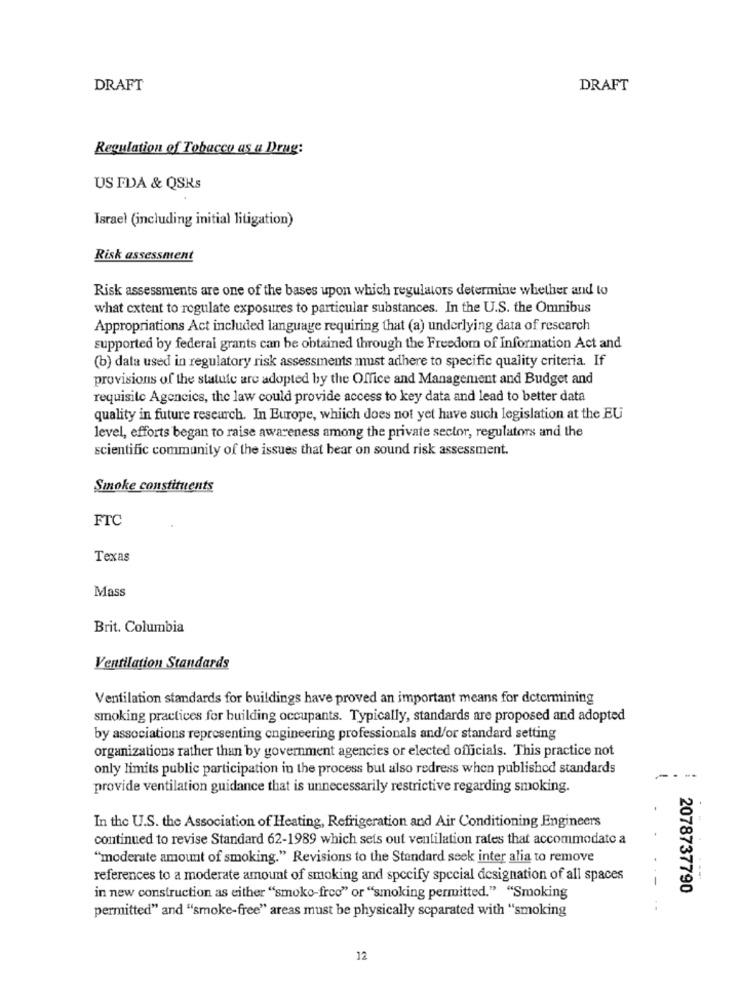
DRAFT
DRAFT
Regulation of Tobacco as a Drug:
US FDA & QSKs
Israel (including initial litigation)
Risk assessment
Risk assessments are one of the bases upon which regulators determine whether and to
what extent to regulate exposures to particular substances. In the U.S. the Omnibus
Appropriations Act included language requiring that (a) underlying data of research
supported by federal grants can be obtained through the Freedom of Information Act and
(b) data used in regulatory risk assessments must adhere to specific quality criteria. If
provisions of the statute are adopted by the Office and Management and Budget and
requisite Agencies, the law could provide access to key data and lead to better data
quality in future research. In Europe, which does not yet have such legislation at the EU
level, efforts began to raise awareness among the private sector, regulators and the
scientific community of the issues that bear on sound risk assessment.
Smoke constituents
FTC
Texas
Mass
Brit. Columbia
Ventilation Standards
Ventilation standards for buildings have proved an important means for determining
smoking practices for building occupants. Typically, standards are proposed and adopted
by associations representing engineering professionals and/or standard setting
organizations rather than by government agencies or elected officials. This practice not
only limits public participation in the process but also redress when published standards
---
provide ventilation guidance that is unnecessarily restrictive regarding smoking.
In the U.S. the Association of Heating, Refrigeration and Air Conditioning Engineers
continued to revise Standard 62-1989 which sets out ventilation rates that accommodate a
"moderate amount of smoking." Revisions to the Standard seek inter alia to remove
references to a moderate amount of smoking and specify special designation of all spaces
2078737790
in new construction as either "smoko-free" or "smoking permitted." "Smoking
permitted" and "smoke-free" areas must be physically scparated with "smoking
12